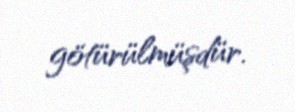
götürülmüşdür.